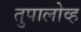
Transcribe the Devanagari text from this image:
तुपालोव्ह